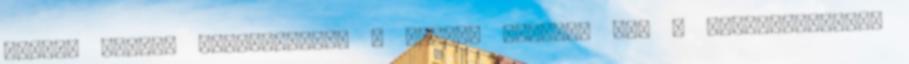
hibád. Sietve megnyugtatja a lányt, mielőtt azt a következtetést